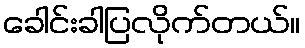
ခေါင်းခါပြလိုက်တယ်။